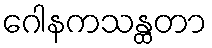
ဂေါနကသန္ထတာ